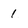
Character: 1